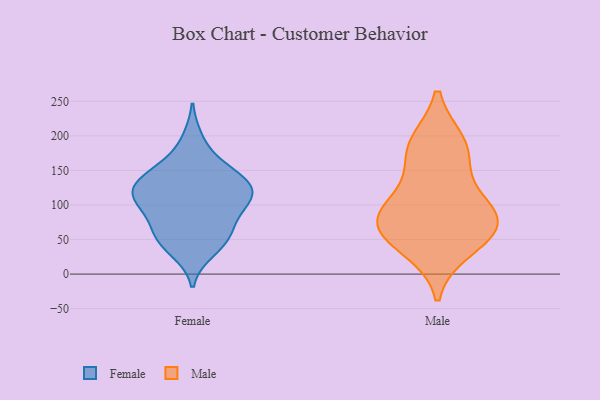
{"axis": {"x": "Market Share (%)", "y": "Value"}, "legend": ["Female", "Male"], "data": [{"x": "", "y": 66, "type": "Female"}, {"x": "", "y": 104, "type": "Female"}, {"x": "", "y": 34, "type": "Female"}, {"x": "", "y": 50, "type": "Female"}, {"x": "", "y": 61, "type": "Female"}, {"x": "", "y": 127, "type": "Female"}, {"x": "", "y": 102, "type": "Female"}, {"x": "", "y": 104, "type": "Female"}, {"x": "", "y": 136, "type": "Female"}, {"x": "", "y": 152, "type": "Female"}, {"x": "", "y": 92, "type": "Female"}, {"x": "", "y": 47, "type": "Female"}, {"x": "", "y": 194, "type": "Female"}, {"x": "", "y": 156, "type": "Female"}, {"x": "", "y": 125, "type": "Female"}, {"x": "", "y": 122, "type": "Female"}, {"x": "", "y": 127, "type": "Female"}, {"x": "", "y": 188, "type": "Male"}, {"x": "", "y": 159, "type": "Male"}, {"x": "", "y": 80, "type": "Male"}, {"x": "", "y": 89, "type": "Male"}, {"x": "", "y": 68, "type": "Male"}, {"x": "", "y": 52, "type": "Male"}, {"x": "", "y": 77, "type": "Male"}, {"x": "", "y": 109, "type": "Male"}, {"x": "", "y": 36, "type": "Male"}, {"x": "", "y": 190, "type": "Male"}]}